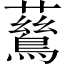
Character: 鶿